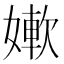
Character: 㜛